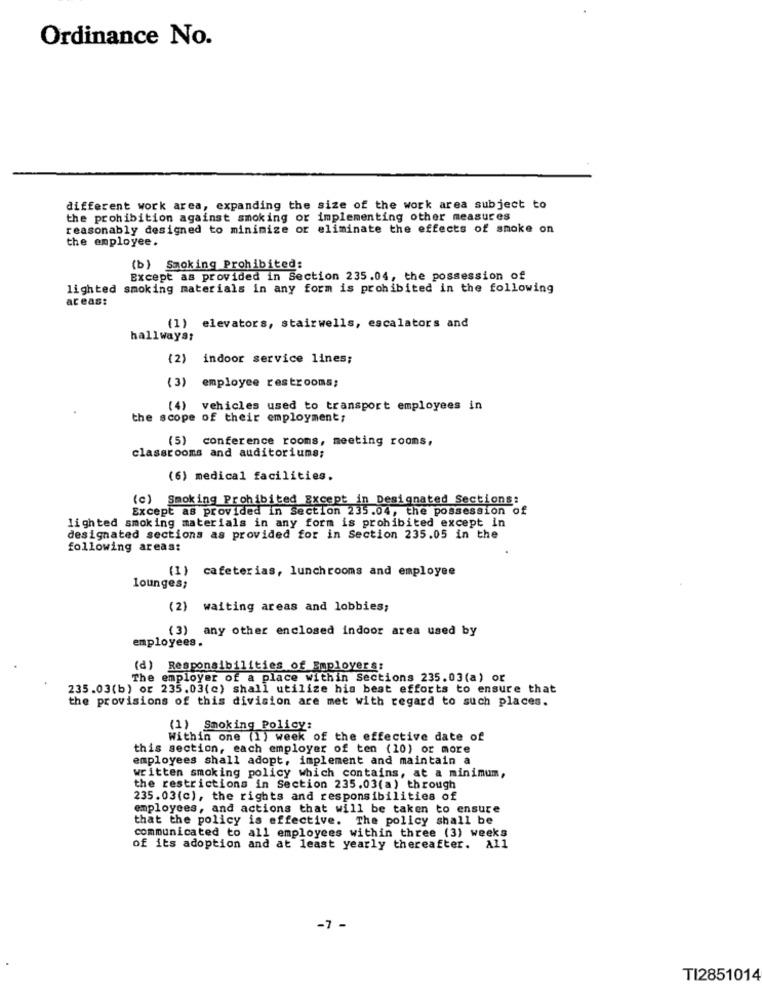
Ordinance No.
different work area, expanding the size of the work area subject to
the prohibition against smoking or implementing other measures
reasonably designed to minimize or eliminate the effects of smoke on
the employee.
(b) Smoking Prohibited:
Except as provided in Section 235.04, the possession of
lighted smoking materials in any form is prohibited in the following
areas:
(1) elevators, stairwells, escalators and
hallways;
(2) indoor service lines;
(3)
employee restrooms;
(4) vehicles used to transport employees in
the scope of their employment;
(5) conference rooms, meeting rooms,
classrooms and auditoriums;
(6) medical facilities.
(c) Smoking Prohibited Except in Designated Sections:
Except as provided in Section 235.04, the possession of
lighted smoking materials in any form is prohibited except in
designated sections as provided for in Section 235.05 in the
following areas:
(1)
cafeterias, lunchrooms and employee
lounges;
(2) waiting areas and lobbies;
(3)
any other enclosed indoor area used by
employees.
(d) Responsibilities of Employers:
The employer of a place within Sections 235.03(a) or
235.03(b) or 235.03(c) shall utilize his best efforts to ensure that
the provisions of this division are met with regard to such places.
(1) Smoking Policy:
Within one (1) week of the effective date of
this section, each employer of ten (10) or more
employees shall adopt, implement and maintain a
written smoking policy which contains, at a minimum,
the restrictions in Section 235.03(a) through
235.03(c), the rights and responsibilities of
employees, and actions that will be taken to ensure
that the policy is effective. The policy shall be
communicated to all employees within three (3) weeks
of its adoption and at least yearly thereafter. All
-7 -
TI2851014